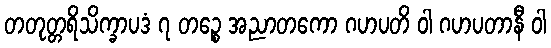
တတုတ္တရိသိက္ခာပဒံ ၇ တဉ္စေ အညာတကော ဂဟပတိ ဝါ ဂဟပတာနီ ဝါ